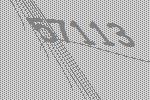
57113